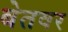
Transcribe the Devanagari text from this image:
बेतवर